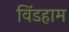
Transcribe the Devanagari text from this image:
विंडहाम